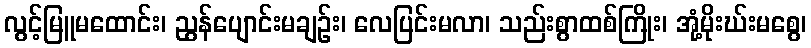
လွင့်မြူမထောင်း၊ ညွန်ပျောင်းမချဉ်း၊ လေပြင်းမလာ၊ သည်းစွာထစ်ကြိုး၊ အုံ့မိုးဃ်းမစွေ၊